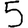
Digit: 5